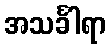
အသင်္ခါရာ